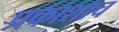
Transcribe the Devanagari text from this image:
प्रकाशाच